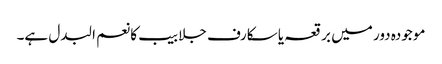
موجودہ دور میں برقعہ یا سکارف جلابیب کا نعم البدل ہے۔